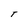
Character: T